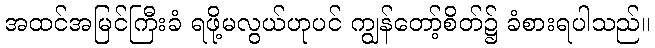
အထင်အမြင်ကြီးခံ ရဖို့မလွယ်ဟုပင် ကျွန်တော့်စိတ်၌ ခံစားရပါသည်။